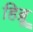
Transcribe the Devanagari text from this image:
हिब्र्रू